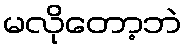
မလိုတော့ဘဲ